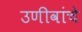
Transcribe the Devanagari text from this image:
उणीवांचे